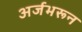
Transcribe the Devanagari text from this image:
अर्जभरून